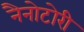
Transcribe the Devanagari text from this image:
नैनोटोरी